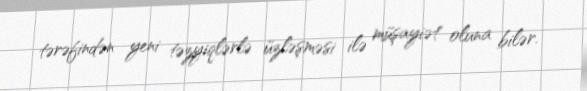
tərəfindən yeni təzyiqlərlə üzləşməsi ilə müşayiət oluna bilər.